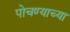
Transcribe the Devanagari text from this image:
पोचण्याच्या